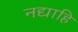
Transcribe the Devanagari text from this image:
नद्याहि